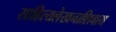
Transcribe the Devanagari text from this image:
साहित्यलेखनाशिवाय